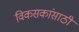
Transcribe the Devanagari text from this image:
विकसकांसाठी